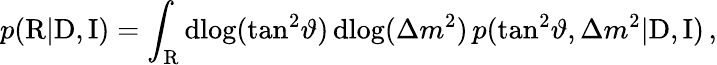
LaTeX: p(\mathrm{R}|\mathrm{D},\mathrm{I})=\int_{\mathrm{R}}\mathrm{d}\! \log(\tan^{2}\! \vartheta)\, \mathrm{d}\! \log(\Delta{m}^{2})\, p(\tan^{2}\! \vartheta,\Delta{m}^{2}|\mathrm{D},\mathrm{I})\, ,